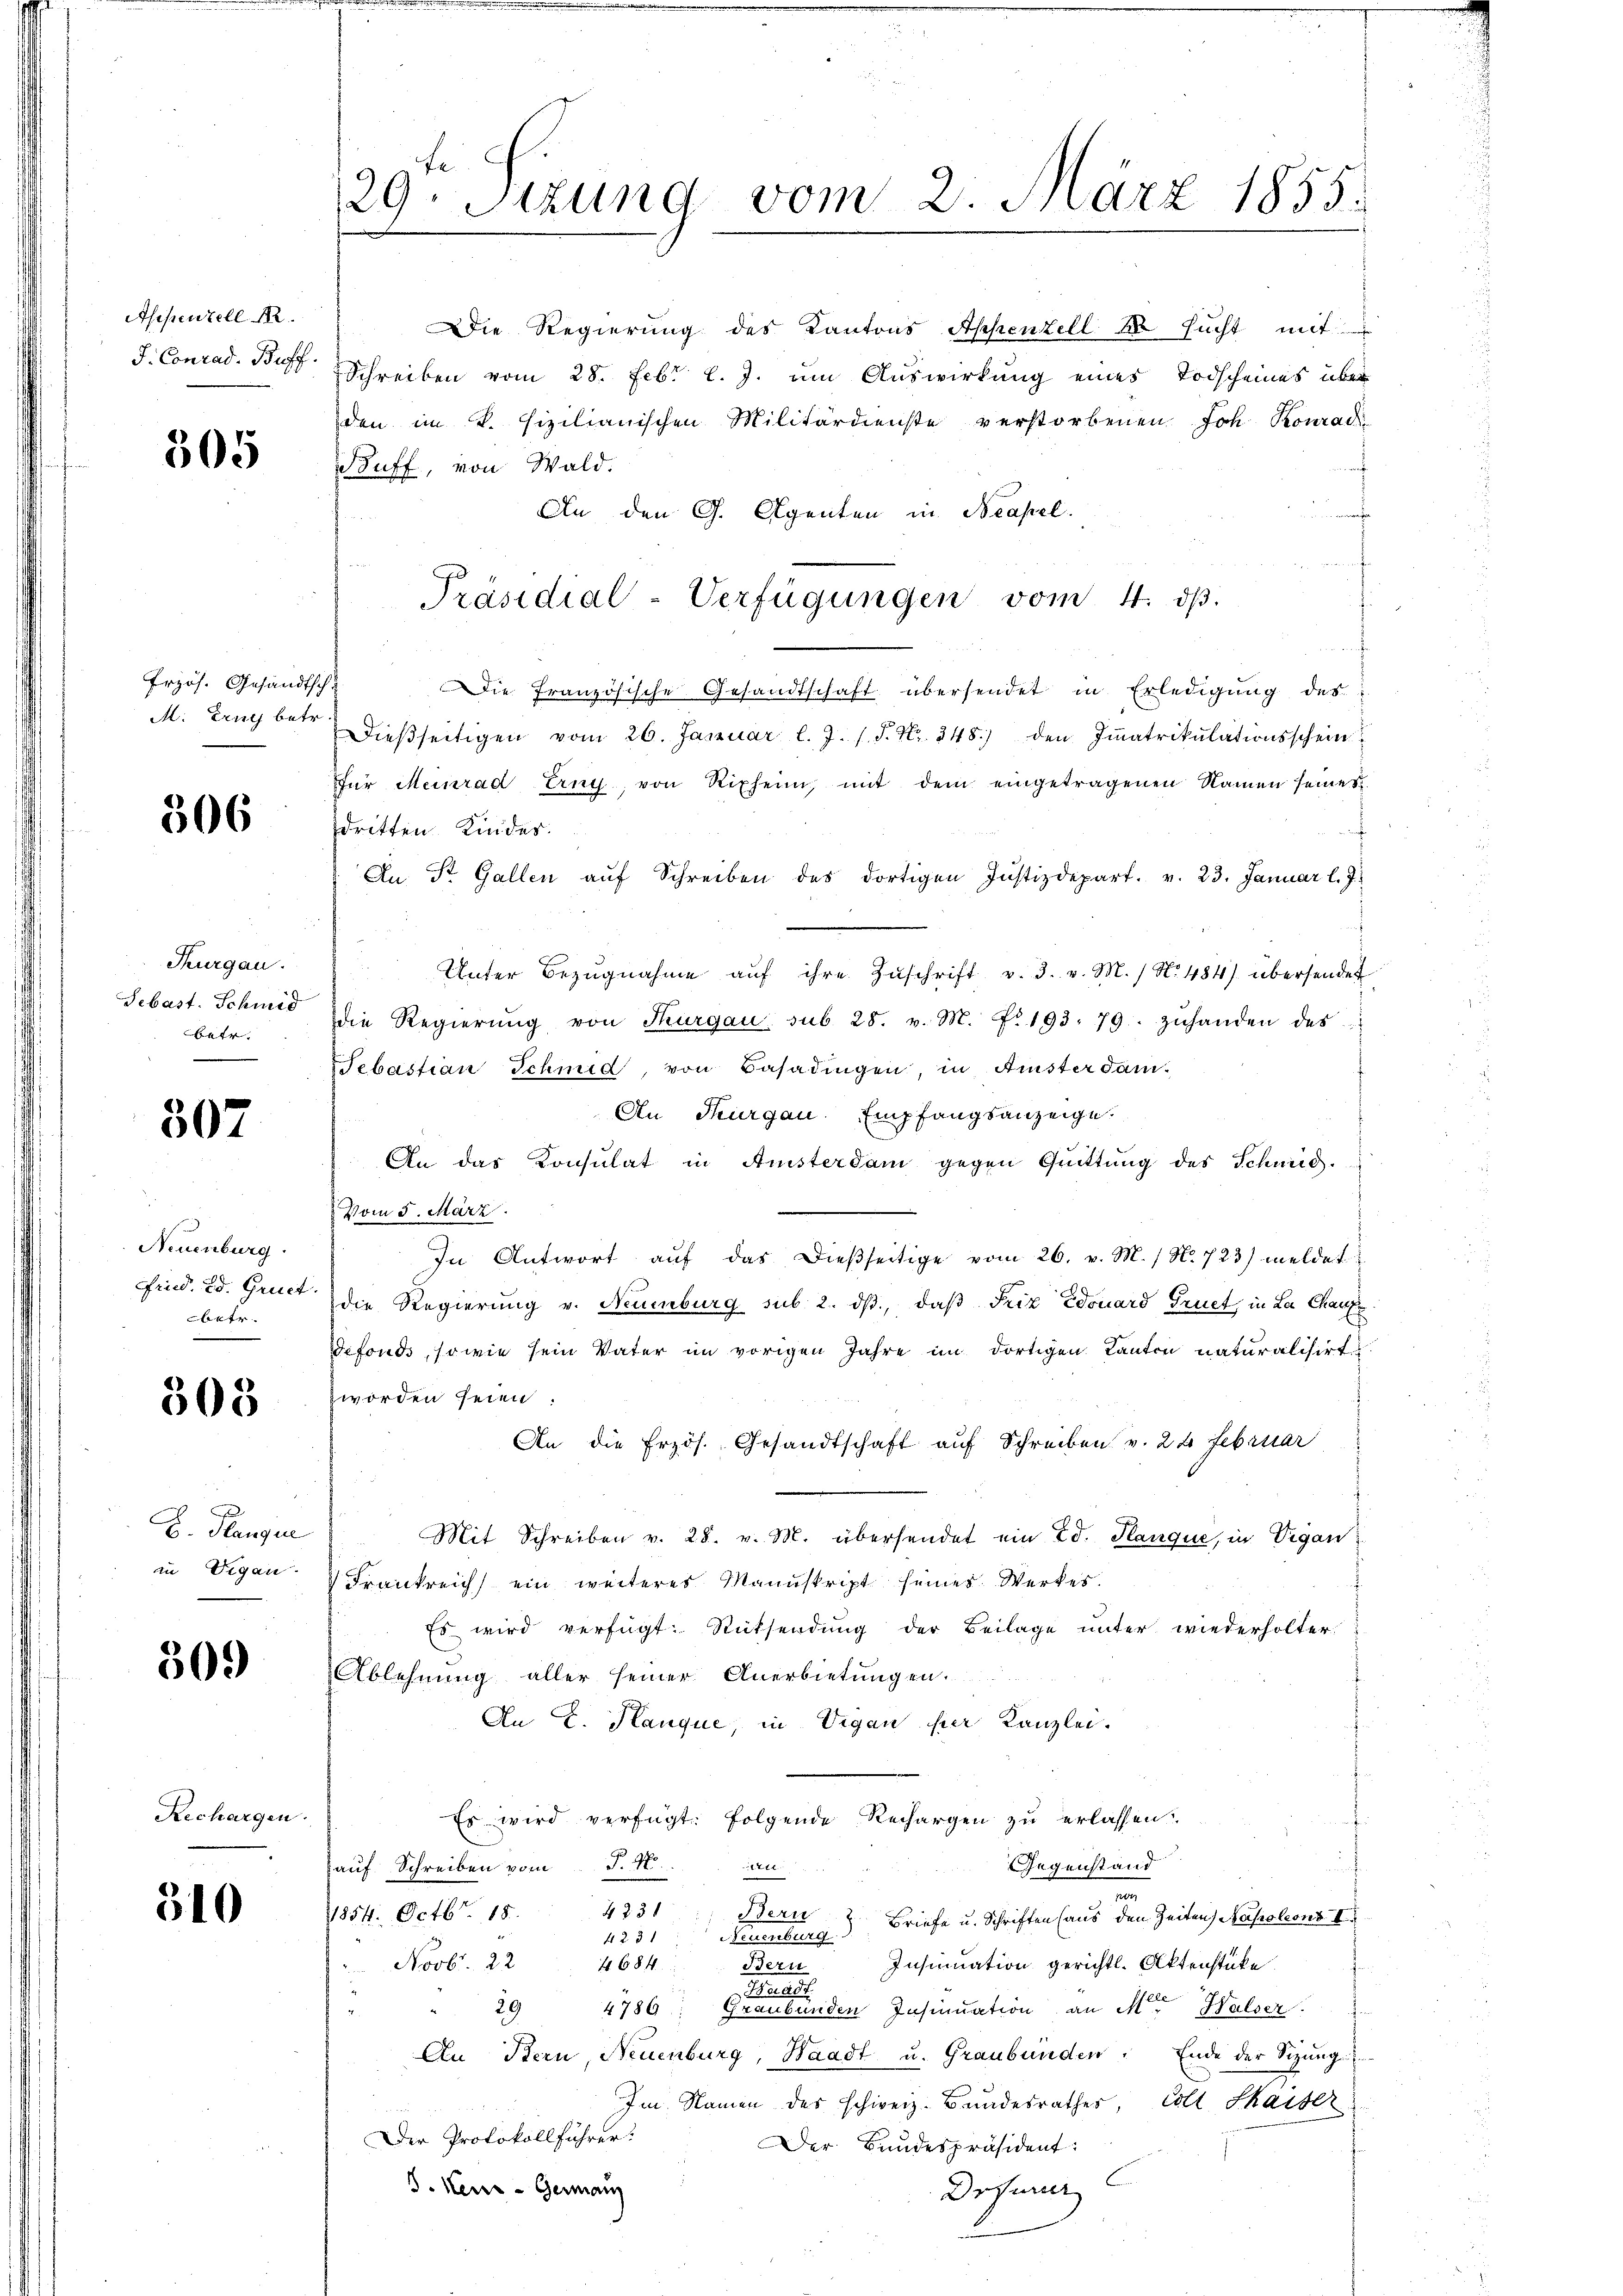
Appenzell I.
J. Conrad. Buff.

305

Przös. Gesandtsch-
M. trug betr.

306

Thurgau.
Sebast. Schmid
betr.

507

Neuenburg.
Fried. Ed. Gruct.
betr.

303

E. Planger
in Vigan.

309

Rechargen.

510

29. Sizung vom 2. März 1855.

Die Regierung des Kantons Appenzell 10 sucht mit
Schreiben vom 28. Febr. l. J. um Auswirkung eines Todscheines über
den im V. sizilianischen Militärdienste verstorbenen Joh. Konrad
Buff, von Wald.
An den G. Agenten in Neapel.
s
f
Die französische Gesandtschaft übersendet in Erledigung des
Dießseitigen vom 26. Januar l. J. s. S. Nr. 348) den Immatrikulationsschein
Für Meinrad Erny, von Riphern, mit dem eingetragenen Namen seines
f
dritten Kindes.
An St. Gallen aŭf Schreiben des dortigen Justizdepart. v. 23. Januar l. J.
Unter Bezŭgnahme aŭf ihre Zŭschrift v. 3. v. M. / N. 484) übersendet
die Regierŭng von Thurgau sub 28. v. M. Nr. 193. 79. zŭhanden des
Sebastian Schmid von Basadingen, in Amisterdam-
An Thurgau. Empfangsanzeige.
An das Konsulat in Ansterdam gegen Quittung des Schmid-
Vom 5. März.
In Antwort aŭf das dießseitige vom 26. v. M. / N. 723) meldet
die Regierung v. Neumburg sub. 2. dβ, daß Friz Edouard Gruet, in La Chaufe
Tefonds, sowie sein Vater im vorigen Jahre im dortigen Kanton naturalisirt
worden seien.
An die Erzös. Gesandtschaft auf Schreiben v. 22 Februar
Mit Schreiben v. 28. v. M. überhandet ein Ed. Planque, in Vigan
Frankreich ein weiteres Manuskript seines Werkes.
Es wird verfügt: Rücksendung der Beilage unter wiederholter
Ablehnung aller seiner Anerbietungen.
An E. Hauque, in Vigan für Kanzlei.
Es wird verfügt: folgende Rechargen zu erlassen:
Gegenstand
1211.
auf Schreiben vom P. N
.
254. Octbr. 18. 4331 Bern
423, Neuenburg) Briefe u. Schriften (aus den Zeiten Napoleons I
Insumation gerichtl. Aktenstücke.
Novb. 22 4684. Bern

29
4786: Graubünden Insinuation an M. Halser
An Bern, Neuenburg, Waadt u. Graubünden. Ende der Sizung
Im Namen des schweiz. Bundesrathes, coll Shaiser
Der Protokollführer.
Der Bundespräsident:
G. Neue Germann
Drfener

Präsidial-Verfügungen vom 4. dβ.